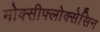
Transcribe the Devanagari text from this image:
मोक्सीफ्लोक्सेसिन